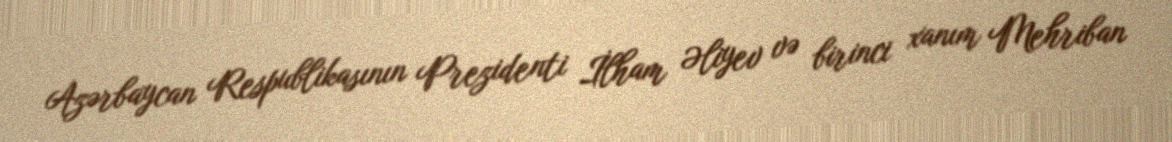
Azərbaycan Respublikasının Prezidenti İlham Əliyev və birinci xanım Mehriban